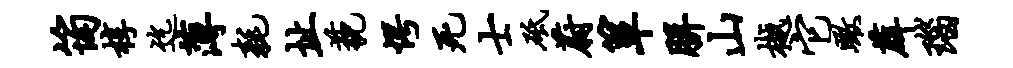
筠椁迄薄耗址藐愕死士砥蔚箪胼山樾它瞰薜瑙